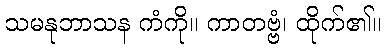
သမနုဘာသန ကံကို။ ကာတဗ္ဗံ၊ ထိုက်၏။